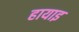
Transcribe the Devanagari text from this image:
हायाइ